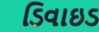
ડિવાઇડ